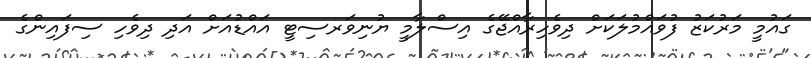
ގައުމީ މަރުކަޒު ފުވައްމުލަކަށް ދިވެހިރާއްޖޭގެ އިސްލާމީ ޔުނިވަރސިޓީ އައްޑުއަށް އަދި ދިވެހި ސިފައިންގެ